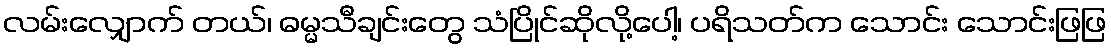
လမ်းလျှောက် တယ်၊ ဓမ္မသီချင်းတွေ သံပြိုင်ဆိုလို့ပေါ့၊ ပရိသတ်က သောင်း သောင်းဖြဖြ